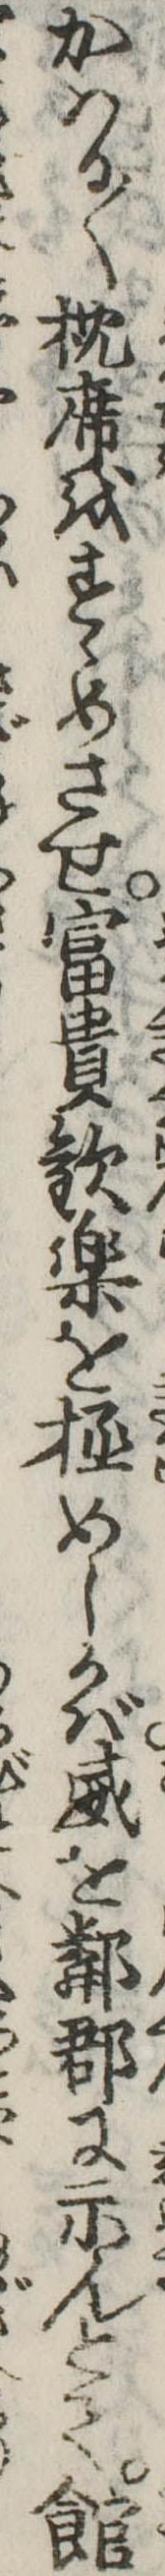
かはる〱枕席をすゝめさせ富貴歓楽を極めしかば威を隣郡に示んとて館